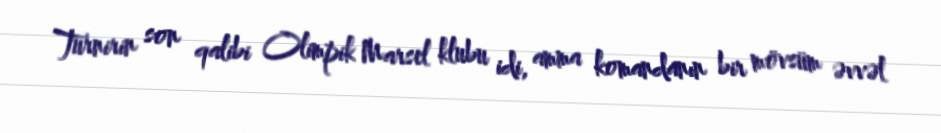
Turnirin son qalibi Olimpik Marsel klubu idi, amma komandanın bir mövsüm əvvəl